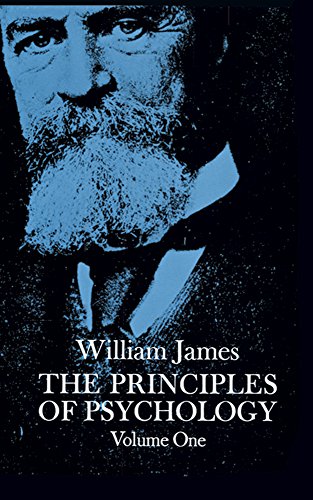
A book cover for The Principles of Psychology, Vol. 1; William James; Medical Books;